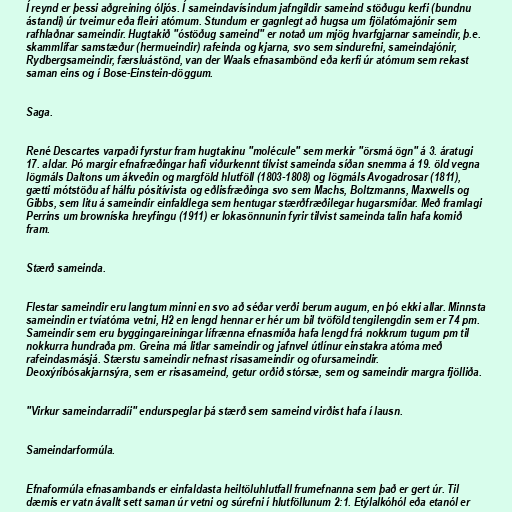
Í reynd er þessi aðgreining óljós. Í sameindavísindum jafngildir sameind stöðugu kerfi (bundnu
ástandi) úr tveimur eða fleiri atómum. Stundum er gagnlegt að hugsa um fjölatómajónir sem
rafhlaðnar sameindir. Hugtakið "óstöðug sameind" er notað um mjög hvarfgjarnar sameindir, þ.e.
skammlífar samstæður (hermueindir) rafeinda og kjarna, svo sem sindurefni, sameindajónir,
Rydbergsameindir, færsluástönd, van der Waals efnasambönd eða kerfi úr atómum sem rekast
saman eins og í Bose-Einstein-döggum.

Saga.

René Descartes varpaði fyrstur fram hugtakinu "molécule" sem merkir "örsmá ögn" á 3. áratugi
17. aldar. Þó margir efnafræðingar hafi viðurkennt tilvist sameinda síðan snemma á 19. öld vegna
lögmáls Daltons um ákveðin og margföld hlutföll (1803-1808) og lögmáls Avogadrosar (1811),
gætti mótstöðu af hálfu pósitívista og eðlisfræðinga svo sem Machs, Boltzmanns, Maxwells og
Gibbs, sem litu á sameindir einfaldlega sem hentugar stærðfræðilegar hugarsmíðar. Með framlagi
Perrins um browníska hreyfingu (1911) er lokasönnunin fyrir tilvist sameinda talin hafa komið
fram.

Stærð sameinda.

Flestar sameindir eru langtum minni en svo að séðar verði berum augum, en þó ekki allar. Minnsta
sameindin er tvíatóma vetni, H2 en lengd hennar er hér um bil tvöföld tengilengdin sem er 74 pm.
Sameindir sem eru byggingareiningar lífrænna efnasmíða hafa lengd frá nokkrum tugum pm til
nokkurra hundraða pm. Greina má litlar sameindir og jafnvel útlínur einstakra atóma með
rafeindasmásjá. Stærstu sameindir nefnast risasameindir og ofursameindir.
Deoxýríbósakjarnsýra, sem er risasameind, getur orðið stórsæ, sem og sameindir margra fjölliða.

"Virkur sameindarradíi" endurspeglar þá stærð sem sameind virðist hafa í lausn.

Sameindarformúla.

Efnaformúla efnasambands er einfaldasta heiltöluhlutfall frumefnanna sem það er gert úr. Til
dæmis er vatn ávallt sett saman úr vetni og súrefni í hlutföllunum 2:1. Etýlalkóhól eða etanól er